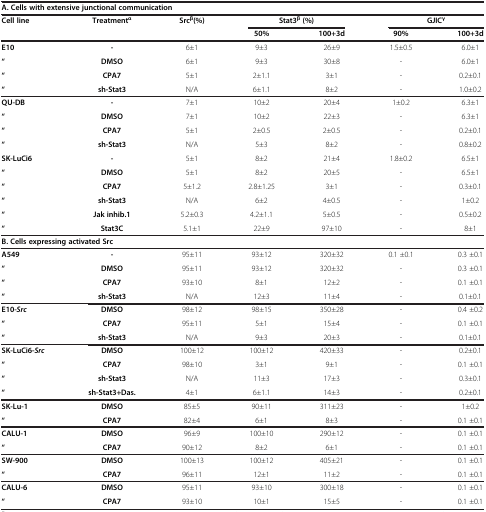
<table><thead><tr><td colspan="7"><b>A. Cells with extensive junctional communication</b></td></tr><tr><td><b>Cell line</b></td><td><b>Treatment<sup>α</sup></b></td><td><b>Src<sup>β</sup>(%)</b></td><td colspan="2"><b>Stat3<sup>β </sup>(%)</b></td><td colspan="2"><b>GJIC<sup>γ</sup></b></td></tr><tr><td><b> </b></td><td><b> </b></td><td><b> </b></td><td><b>50%</b></td><td><b>100+3d</b></td><td><b>90%</b></td><td><b>100+3d</b></td></tr></thead><tbody><tr><td><b>E10</b></td><td><b>-</b></td><td>6±1</td><td>9±3</td><td>26±9</td><td>1.5±0.5</td><td>6.0±1</td></tr><tr><td><b>“</b></td><td><b>DMSO</b></td><td>6±1</td><td>9±3</td><td>30±8</td><td>-</td><td>6.0±1</td></tr><tr><td><b>“</b></td><td><b>CPA7</b></td><td>5±1</td><td>2±1.1</td><td>3±1</td><td>-</td><td>0.2±0.1</td></tr><tr><td><b>“</b></td><td><b>sh-Stat3</b></td><td>N/A</td><td>6±1.1</td><td>8±2</td><td>-</td><td>1.0±0.2</td></tr><tr><td><b>QU-DB</b></td><td><b>-</b></td><td>7±1</td><td>10±2</td><td>20±4</td><td>1±0.2</td><td>6.3±1</td></tr><tr><td><b>“</b></td><td><b>DMSO</b></td><td>7±1</td><td>10±2</td><td>22±3</td><td>-</td><td>6.3±1</td></tr><tr><td><b>“</b></td><td><b>CPA7</b></td><td>5±1</td><td>2±0.5</td><td>2±0.5</td><td>-</td><td>0.2±0.1</td></tr><tr><td><b>“</b></td><td><b>sh-Stat3</b></td><td>N/A</td><td>5±3</td><td>8±2</td><td>-</td><td>0.8±0.2</td></tr><tr><td><b>SK-LuCi6</b></td><td><b>-</b></td><td>5±1</td><td>8±2</td><td>21±4</td><td>1.8±0.2</td><td>6.5±1</td></tr><tr><td><b>“</b></td><td><b>DMSO</b></td><td>5±1</td><td>8±2</td><td>20±5</td><td>-</td><td>6.5±1</td></tr><tr><td><b>“</b></td><td><b>CPA7</b></td><td>5±1.2</td><td>2.8±1.25</td><td>3±1</td><td>-</td><td>0.3±0.1</td></tr><tr><td><b>“</b></td><td><b>sh-Stat3</b></td><td>N/A</td><td>6±2</td><td>4±0.5</td><td>-</td><td>1±0.2</td></tr><tr><td><b>“</b></td><td><b>Jak inhib.1</b></td><td>5.2±0.3</td><td>4.2±1.1</td><td>5±0.5</td><td>-</td><td>0.5±0.2</td></tr><tr><td><b>“</b></td><td><b>Stat3C</b></td><td>5.1±1</td><td>22±9</td><td>97±10</td><td>-</td><td>8±1</td></tr><tr><td colspan="7"><b>B. Cells expressing activated Src</b></td></tr><tr><td><b>A549</b></td><td><b>-</b></td><td>95±11</td><td>93±12</td><td>320±32</td><td>0.1 ±0.1</td><td>0.3 ±0.1</td></tr><tr><td><b>“</b></td><td><b>DMSO</b></td><td>95±11</td><td>93±12</td><td>320±32</td><td>-</td><td>0.3 ±0.1</td></tr><tr><td><b>“</b></td><td><b>CPA7</b></td><td>93±10</td><td>8±1</td><td>12±2</td><td>-</td><td>0.1 ±0.1</td></tr><tr><td><b>“</b></td><td><b>sh-Stat3</b></td><td>N/A</td><td>12±3</td><td>11±4</td><td>-</td><td>0.1±0.1</td></tr><tr><td><b>E10-</b><b><i>Src</i></b></td><td><b>DMSO</b></td><td>98±12</td><td>98±15</td><td>350±28</td><td>-</td><td>0.4 ±0.2</td></tr><tr><td><b>“</b></td><td><b>CPA7</b></td><td>95±11</td><td>5±1</td><td>15±4</td><td>-</td><td>0.1 ±0.1</td></tr><tr><td><b>“</b></td><td><b>sh-Stat3</b></td><td>N/A</td><td>9±3</td><td>20±3</td><td>-</td><td>0.1±0.1</td></tr><tr><td><b>SK-LuCi6-</b><b><i>Src</i></b></td><td><b>DMSO</b></td><td>100±12</td><td>100±12</td><td>420±33</td><td>-</td><td>0.2±0.1</td></tr><tr><td><b>“</b></td><td><b>CPA7</b></td><td>98±10</td><td>3±1</td><td>9±1</td><td>-</td><td>0.1 ±0.1</td></tr><tr><td><b>“</b></td><td><b>sh-Stat3</b></td><td>N/A</td><td>11±3</td><td>17±3</td><td>-</td><td>0.3±0.1</td></tr><tr><td><b>“</b></td><td><b>sh-Stat3+Das.</b></td><td>4±1</td><td>6±1.1</td><td>14±3</td><td>-</td><td>0.2±0.1</td></tr><tr><td><b>SK-Lu-1</b></td><td><b>DMSO</b></td><td>85±5</td><td>90±11</td><td>311±23</td><td>-</td><td>1±0.2</td></tr><tr><td><b>“</b></td><td><b>CPA7</b></td><td>82±4</td><td>6±1</td><td>8±3</td><td>-</td><td>0.1 ±0.1</td></tr><tr><td><b>CALU-1</b></td><td><b>DMSO</b></td><td>96±9</td><td>100±10</td><td>290±12</td><td>-</td><td>0.1 ±0.1</td></tr><tr><td><b>“</b></td><td><b>CPA7</b></td><td>90±12</td><td>8±2</td><td>6±1</td><td>-</td><td>0.1 ±0.1</td></tr><tr><td><b>SW-900</b></td><td><b>DMSO</b></td><td>100±13</td><td>100±12</td><td>405±21</td><td>-</td><td>0.1 ±0.1</td></tr><tr><td><b>“</b></td><td><b>CPA7</b></td><td>96±11</td><td>12±1</td><td>11±2</td><td>-</td><td>0.1 ±0.1</td></tr><tr><td><b>CALU-6</b></td><td><b>DMSO</b></td><td>95±11</td><td>93±10</td><td>300±18</td><td>-</td><td>0.1 ±0.1</td></tr><tr><td><b>“</b></td><td><b>CPA7</b></td><td>93±10</td><td>10±1</td><td>15±5</td><td>-</td><td>0.1 ±0.1</td></tr></tbody></table>